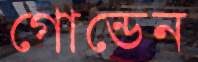
গোন্ডেন